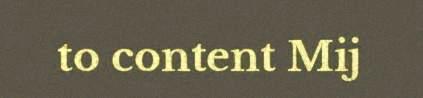
to content Mij